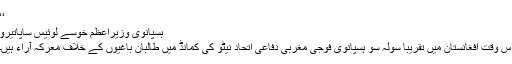
‘‘
ہسپانوی وزیراعظم خوسے لوئیس ساپاتیرو
اس وقت افغانستان میں تقریباً سولہ سو ہسپانوی فوجی مغربی دفاعی اتحاد نیٹو کی کمانڈ میں طالبان باغیوں کے خلاف معرکہ آراء ہیں۔